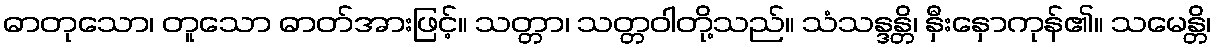
ဓာတုသော၊ တူသော ဓာတ်အားဖြင့်။ သတ္တာ၊ သတ္တဝါတို့သည်။ သံသန္ဒန္တိ၊ နှီးနှောကုန်၏။ သမေန္တိ၊